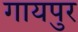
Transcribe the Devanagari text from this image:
गायपुर